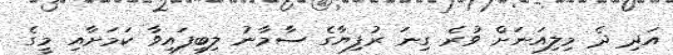
އަދި ދެ މިލިއަނަށް ވުރެ ގިނަ ރުފިޔާގެ ސާމާނު ލިބިފައިވާ ކަމަށާއި މީގެ